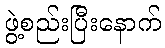
ဖွဲ့စည်းပြီးနောက်